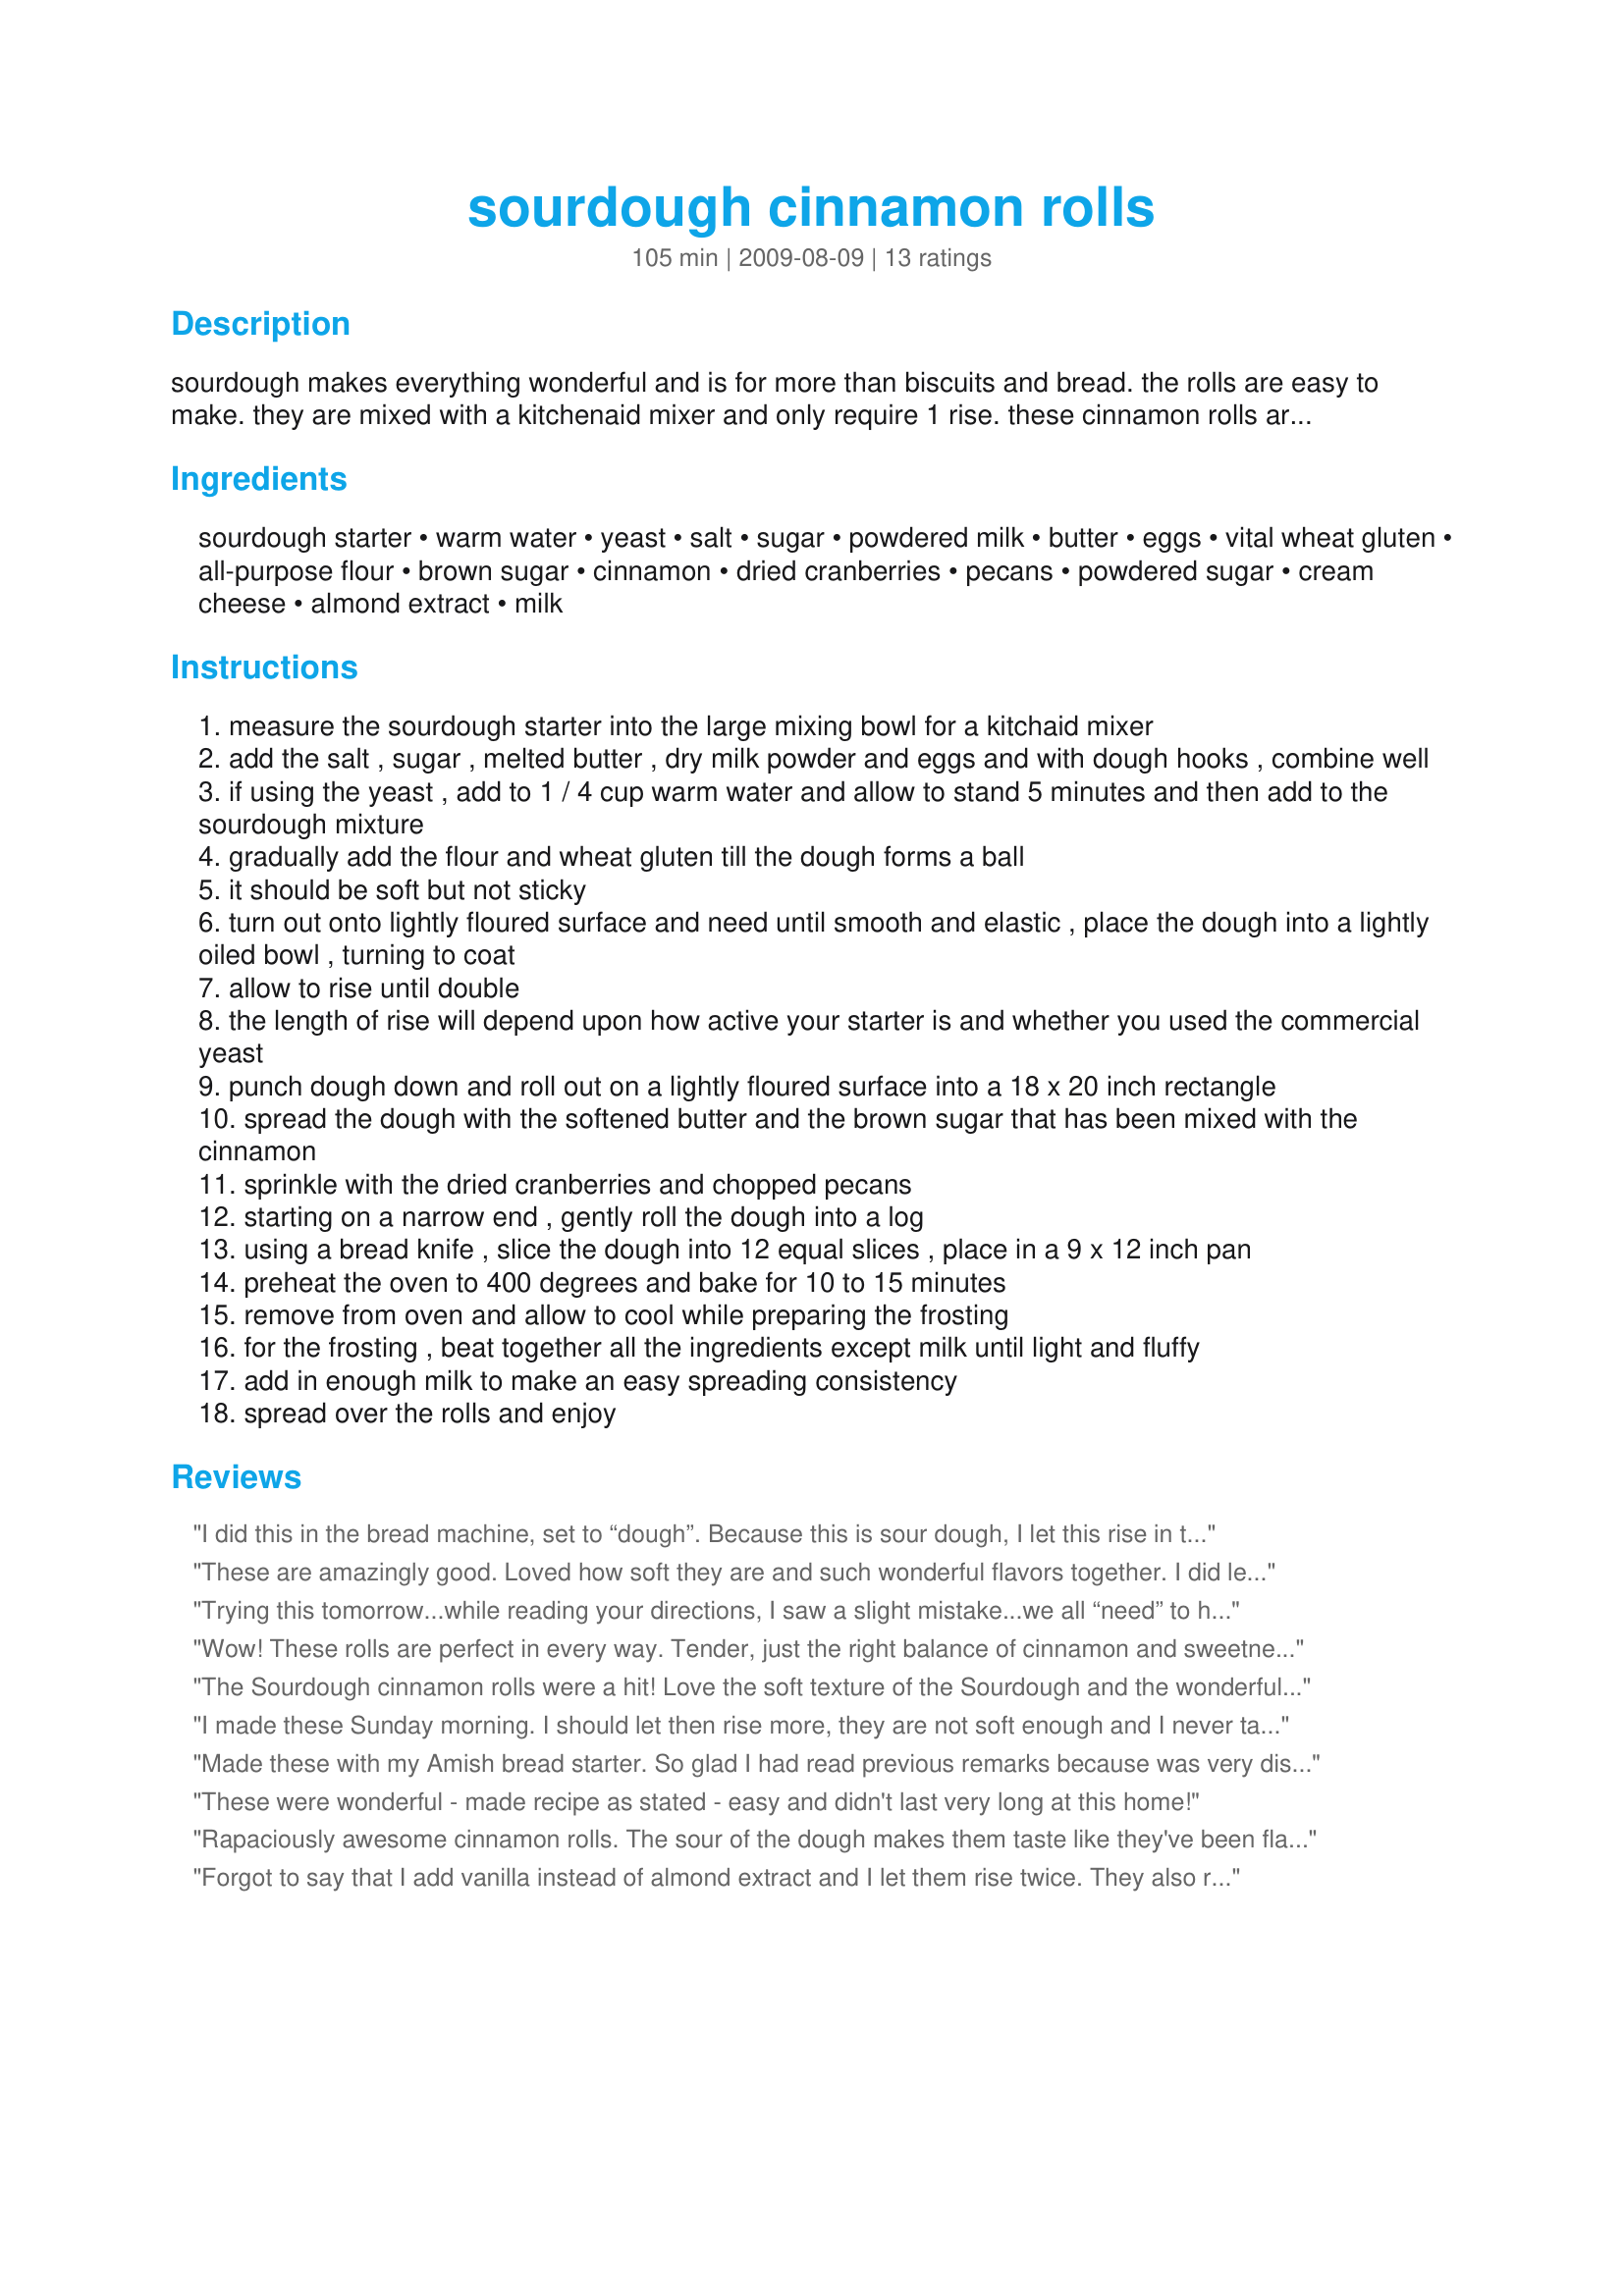
sourdough cinnamon rolls
Preparation time: 105 minutes

sourdough makes everything wonderful and is for more than biscuits and bread. the rolls are easy to make. they are mixed with a kitchenaid mixer and only require 1 rise. these cinnamon rolls are delicious and can enjoyed warm right out of the oven.

Ingredients:
sourdough starter, warm water, yeast, salt, sugar, powdered milk, butter, eggs, vital wheat gluten, all-purpose flour, brown sugar, cinnamon, dried cranberries, pecans, powdered sugar, cream cheese, almond extract, milk

Steps:
measure the sourdough starter into the large mixing bowl for a kitchaid mixer
add the salt , sugar , melted butter , dry milk powder and eggs and with dough hooks , combine well
if using the yeast , add to 1 / 4 cup warm water and allow to stand 5 minutes and then add to the sourdough mixture
gradually add the flour and wheat gluten till the dough forms a ball
it should be soft but not sticky
turn out onto lightly floured surface and need until smooth and elastic , place the dough into a lightly oiled bowl , turning to coat
allow to rise until double
the length of rise will depend upon how active your starter is and whether you used the commercial yeast
punch dough down and roll out on a lightly floured surface into a 18 x 20 inch rectangle
spread the dough with the softened butter and the brown sugar that has been mixed with the cinnamon
sprinkle with the dried cranberries and chopped pecans
starting on a narrow end , gently roll the dough into a log
using a bread knife , slice the dough into 12 equal slices , place in a 9 x 12 inch pan
preheat the oven to 400 degrees and bake for 10 to 15 minutes
remove from oven and allow to cool while preparing the frosting
for the frosting , beat together all the ingredients except milk until light and fluffy
add in enough milk to make an easy spreading consistency
spread over the rolls and enjoy

Reviews:
I did this in the bread machine, set to “dough”. Because this is sour dough, I let this rise in the bread machine for about three hours, until I could poke the dough, and my finger indentation stayed in the dough. Did not use nuts or cranberries, just butter, brown sugar and cinnamon. Make a glaze of milk, confectioners’ sugar, and almond extract. Very good!
These are amazingly good. Loved how soft they are and such wonderful flavors together. I did let them rise for an hour after forming the rolls. My oven needed 13 min. to bake. Only had almonds for nuts and used golden raisins. Love them!!
Trying this tomorrow...while reading your directions, I saw a slight mistake...we all “need” to have dough to make the cinnamon rolls, but we “knead” the dough with our hands. Need vs. Knead in your directions. I doubt too many people have noticed and if they did, I’m sure they knew what you meant...
Wow! These rolls are perfect in every way. Tender, just the right balance of cinnamon and sweetness, with an icing to die for. Loved the hint of almond extract. Made the day before: mixed in the bread machine using 3 c flour, formed into 16 rolls, placed in a 13x9 pan, covered and refrigerated overnight, then let rise and baked Christmas morning. Only change I made was to use 1/2 cup dried cranberries and omit the nuts since I have a nut hater in the bunch (though nuts would have been a delicious addition). Have been experimenting with my relatively new starter from KAF. This is the best recipe I&#039;ve made. Thanks for staring the recipe, Paula! Merry Christmas!
The Sourdough cinnamon rolls were a hit! Love the soft texture of the Sourdough and the wonderful filling. Will do these again.
I made these Sunday morning. I should let then rise more, they are not soft enough and I never tasted the cranberries. When I make it again I will make it the night before, so it will have time to rise.
Made these with my Amish bread starter. So glad I had read previous remarks because was very disheartened when these did not rise much...like very little. Next time I will use an entire packet of yeast instead of the 1 tsp. called for in the recipe.
These were wonderful - made recipe as stated - easy and didn't last very long at this home!
Rapaciously awesome cinnamon rolls. The sour of the dough makes them taste like they've been flavored with lemon peel, but way better. I just made some with pecans AND coconut. I also baked them with caramel and butter in the bottom of the pan (like pineapple upside down cake) instead of making frosting. Sourdough coconut-pecan upside down cinnamon rolls. Ima get fat.
Forgot to say that I add vanilla instead of almond extract and I let them rise twice. They also rise even more as I bake them. (I always add a package of yeast instead of 1 tsp and my sourdough starter). Perfect recipe.
These are awesome! I just started making sourdough recipes, and found this recipe online. It is great. It has become my family&#039;s favorite thing. :)
What a beautiful way to use my KAF sourdough starter! I used 3 cups of KAF whole wheat white flour. The first time I made these, I only used 1 tsp. of yeast; I wanted a bit more of a rise this time and so I increased the yeast to 2 tsp. In my experience, the whole wheat flour needs a bit of a &quot;boost&quot; for a fluffy rise. I also used the vital wheat gluten as called for in the recipe. I used my dough setting on my bread machine to mix the ingredients and for the first rise (about 90 minutes). After shaping, I allowed the rolls to rise again, approximately 45 min - 1 hour. The first time I made these, I didn't have cream cheese for the frosting, so I substituted heavy whipping cream for the cream cheese and milk. This time I STILL didn't have any cream cheese, but I substituted some mascarpone for the cream cheese. Make sure your sourdough starter is well-fed and active. Excellent recipe!
Huge, scrumptious and flavorful best describe this lovely recipe! Did I mention HUGE? I was so pleased I could use my sourdough starter, too. Recipe worked perfectly for me, although the second dozen found me doubling up on the filling (pictured) and I substitued organic orange flavoring for the almond in the frosting. I added the optional yeast both times as my starter is still a bit 'young'. Also, the recipe makes a lovely dozen even after I cut off the not so perfect ends of roll. I added chopped walnuts to the top rather than in the recipe. I will be making this again and perhaps try a fruit filling on the inside. I suspect they will freeze well, but I've never been able to squirrel any away before they are devoured. Thanks, Paula!
